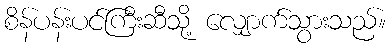
စိန်ပန်းပင်ကြီးဆီသို့ လျှောက်သွားသည်။